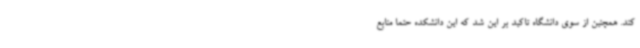
کند. همچنین از سوی دانشگاه تاکید بر این شد که این دانشکده حتما منابع